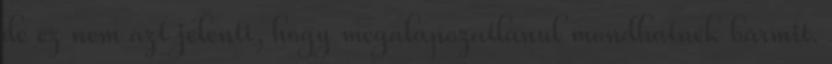
de ez nem azt jelenti, hogy megalapozatlanul mondhatnék bármit.